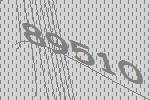
89510